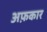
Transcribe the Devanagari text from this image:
अफ़कार